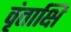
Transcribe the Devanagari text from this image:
वृंताक्षि